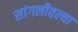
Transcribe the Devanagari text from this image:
सांगलीतल्या